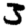
Digit: 3